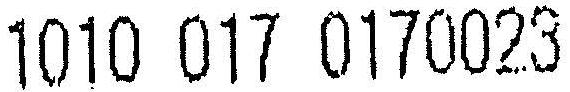
1010 017 0170023